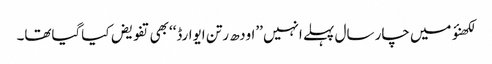
لکھنؤ میں چار سال پہلے انہیں ’’اودھ رتن ایوارڈ‘‘بھی تفویض کیاگیاتھا۔